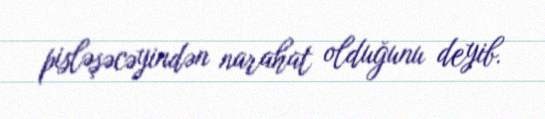
pisləşəcəyindən narahat olduğunu deyib.